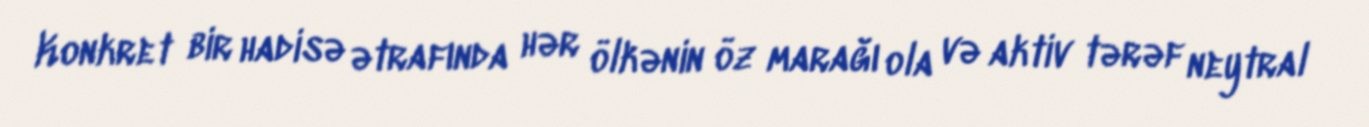
Konkret bir hadisə ətrafında hər ölkənin öz marağı ola və aktiv tərəf neytral